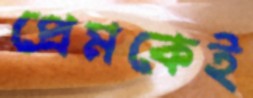
প্রেমকেই